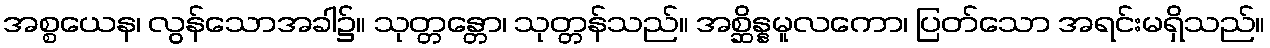
အစ္စယေန၊ လွန်သောအခါ၌။ သုတ္တန္တော၊ သုတ္တန်သည်။ အစ္ဆိန္နမူလကော၊ ပြတ်သော အရင်းမရှိသည်။